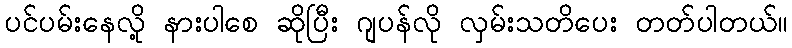
ပင်ပမ်းနေလို့ နားပါစေ ဆိုပြီး ဂျပန်လို လှမ်းသတိပေး တတ်ပါတယ်။